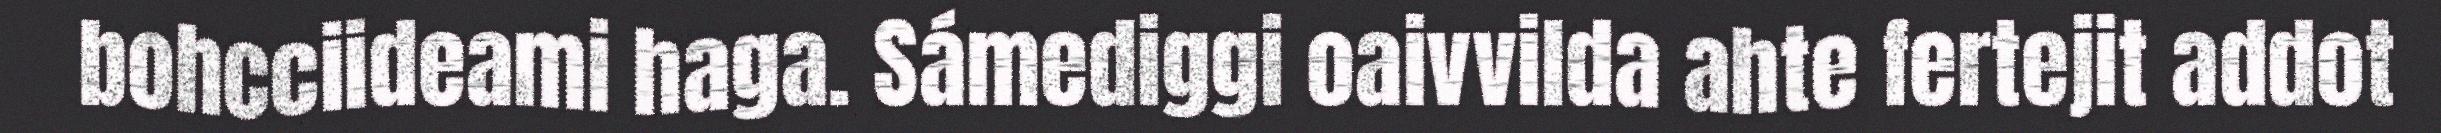
bohcciideami haga. Sámediggi oaivvilda ahte fertejit addot